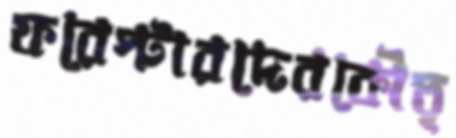
ফরেস্টারদেরকৌতূ